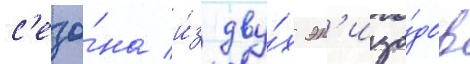
с'езо́на и́з дву́х эп'изо́дов